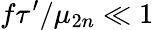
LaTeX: f\tau^{\prime}/\mu_{2n}\ll 1